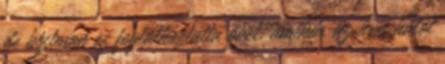
de biztosan ez foglalkoztatta őket, amikor az üres hálót